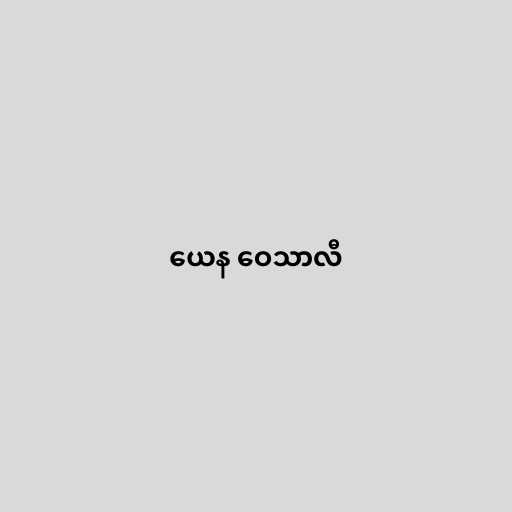
ယေန ဝေသာလီ